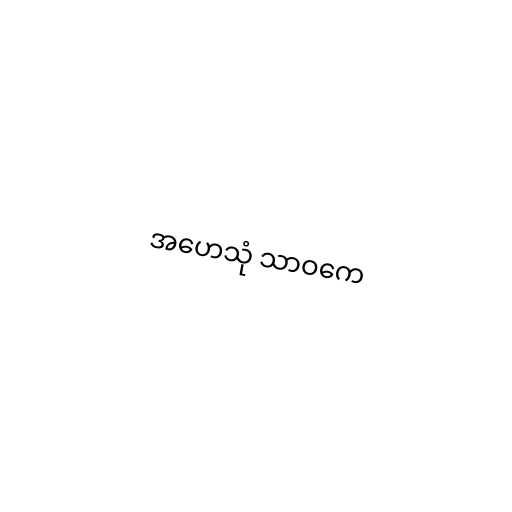
အဟေသုံ သာဝကေ